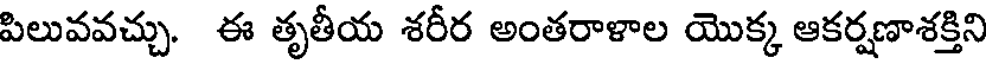
పిలువవచ్చు. ఈ తృతీయ శరీర అంతరాళాల యొక్క ఆకర్షణాశక్తిని